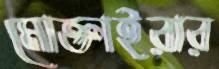
মোক্তাইরার